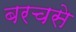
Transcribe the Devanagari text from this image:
बरचसे